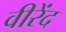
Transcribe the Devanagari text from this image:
वीरेंद